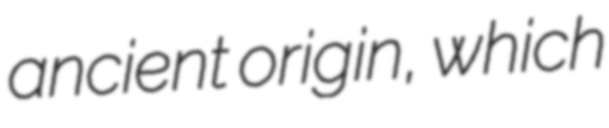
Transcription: ancient origin, which